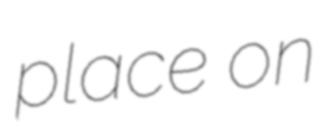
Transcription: place on